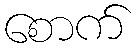
စောက်